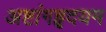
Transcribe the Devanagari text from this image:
अष्टांगहृदयम